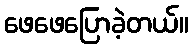
ဖေဖေပြောခဲ့တယ်။